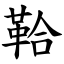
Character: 鞈